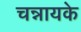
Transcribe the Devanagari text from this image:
चन्नायके